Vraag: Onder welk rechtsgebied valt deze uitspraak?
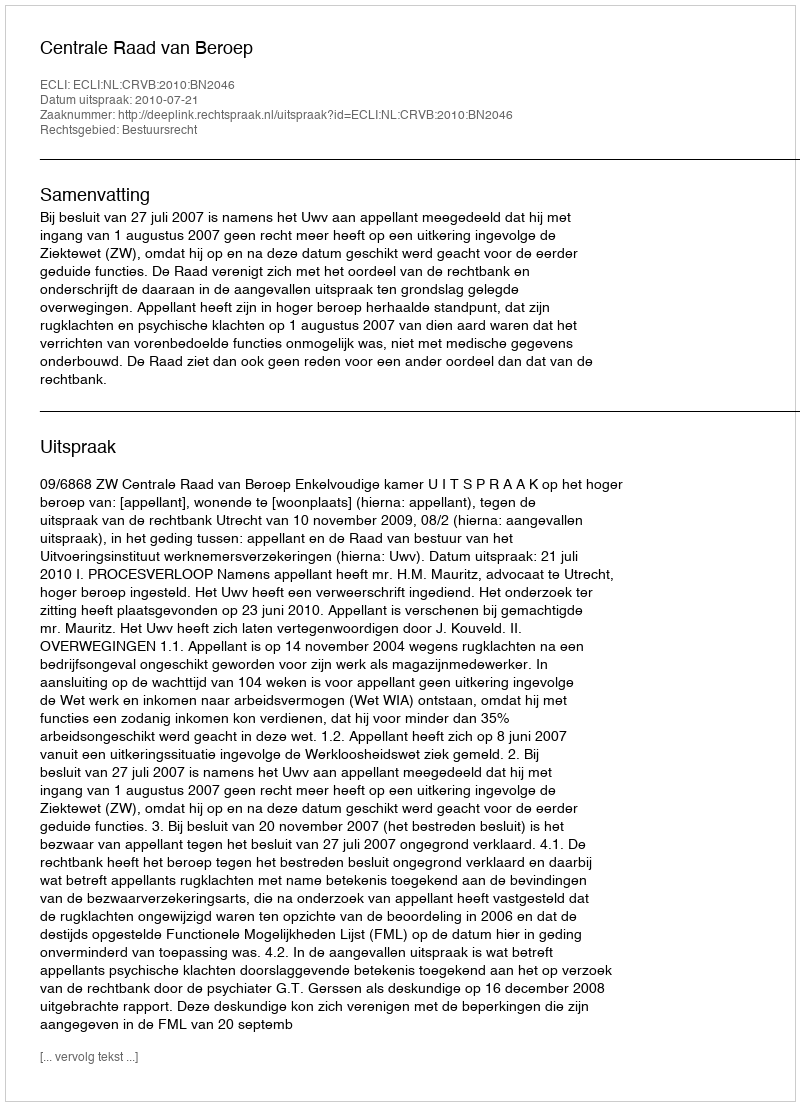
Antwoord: Bestuursrecht